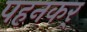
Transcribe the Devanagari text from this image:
पहनकर्